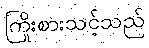
ကြိုးစားသင့်သည်